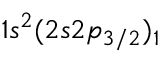
1 s ^ { 2 } ( 2 s 2 p _ { 3 / 2 } ) _ { 1 }